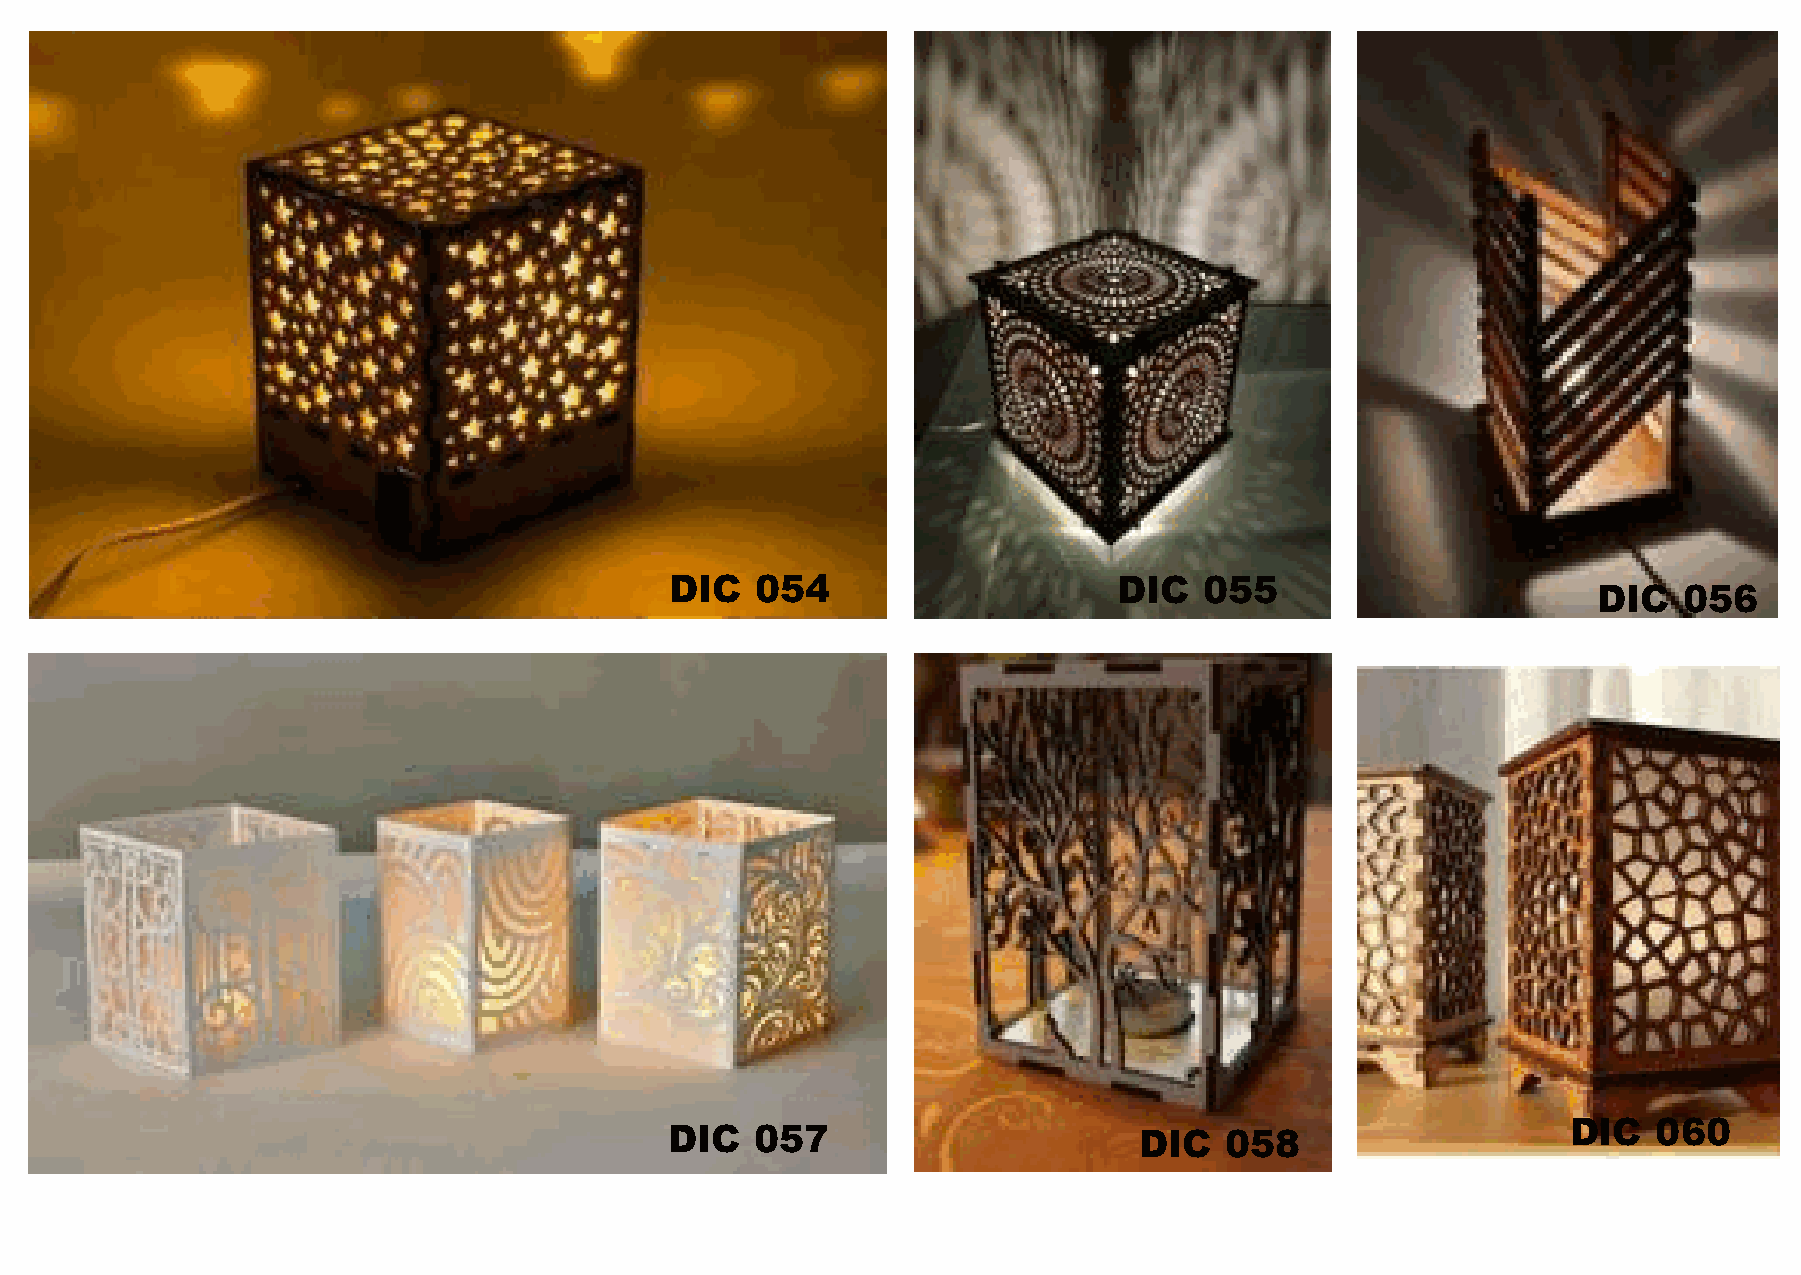
DIC   054                     DIC   055
 DIC  056
 DIC   060
 DIC   057                      DIC   058